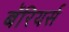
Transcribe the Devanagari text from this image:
बॅरियर्स